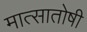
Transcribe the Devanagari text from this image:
मात्सातोषी